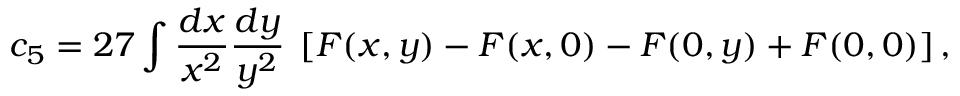
c _ { 5 } = 2 7 \int \frac { d x } { x ^ { 2 } } \frac { d y } { y ^ { 2 } } \; \left[ F ( x , y ) - F ( x , 0 ) - F ( 0 , y ) + F ( 0 , 0 ) \right] ,